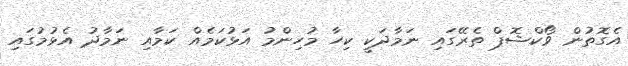
އެގޮތުން ވޯކްޝޮޕް ތެރޭގައި ނަމާދަކީ ކިހާ މުހިންމު އަޅުކަމެއް ކަމާއި ނަމާދު އެޅުމުގައި